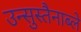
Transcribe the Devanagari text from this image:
उन्सुस्तैनाब्ले